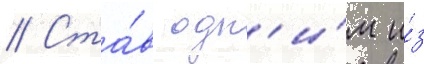
// Ста́в одн'и́м и́з